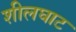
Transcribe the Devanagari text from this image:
शीलघाट